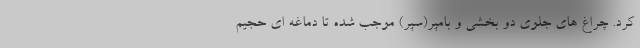
کرد. چراغ های جلوی دو بخشی و بامپر(سپر) موجب شده تا دماغه ای حجیم